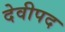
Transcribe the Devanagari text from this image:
देवीपद